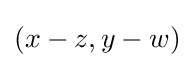
(x-z,y-w)